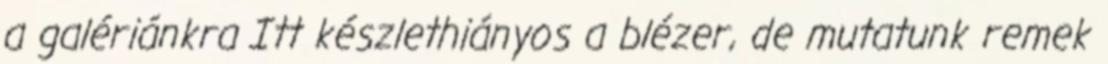
a galériánkra Itt készlethiányos a blézer, de mutatunk remek